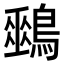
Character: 𪅈